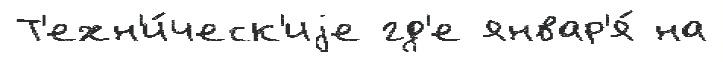
Т'ехн'и́ческ'иjе гд'е январ'я́ на